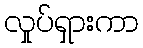
လှုပ်ရှားကာ